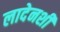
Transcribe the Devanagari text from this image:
लादेनशी